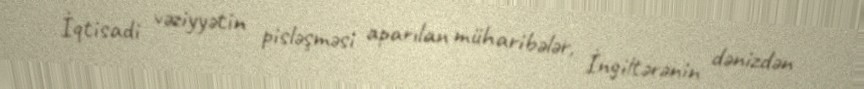
İqtisadi vəziyyətin pisləşməsi aparılan müharibələr, İngiltərənin dənizdən